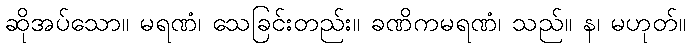
ဆိုအပ်သော။ မရဏံ၊ သေခြင်းတည်း။ ခဏိကမရဏံ၊ သည်။ န၊ မဟုတ်။